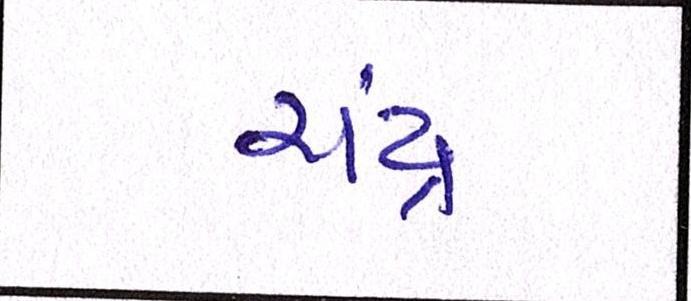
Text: ચંદ્ર